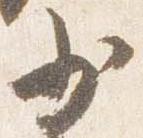
少